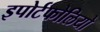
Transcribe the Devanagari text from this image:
इपोर्टफोलियो